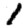
Digit: 1